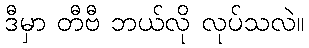
ဒီမှာ တီဗီ ဘယ်လို လုပ်သလဲ။